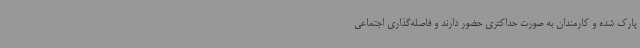
پارک شده و کارمندان به صورت حداکثری حضور دارند و فاصله‌گذاری اجتماعی